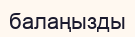
балаңызды